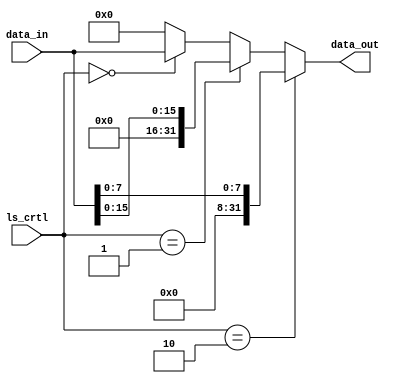
module load_size(
  input wire[1:0] ls_crtl,
  input wire[31:0] data_in,
  output wire[31:0] data_out
);


  assign data_out = (ls_crtl == 2'b10) ? {24'b0, data_in[7:0]}               :
                    (ls_crtl == 2'b01) ? {16'b0, data_in[15:0]}              :
                    (ls_crtl == 2'b00) ? data_in                             :
                    32'b0;

endmodule